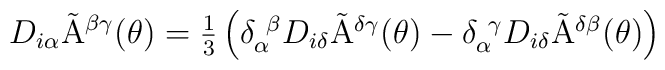
D_{i\alpha}\tilde{{\rm A}}^{\beta\gamma}(\theta)=\textstyle{\frac{1}{3}}\left(\delta_{\alpha}^{~\beta}D_{i\delta}\tilde{{\rm A}}^{\delta\gamma}(\theta)-\delta_{\alpha}^{~\gamma}D_{i\delta}\tilde{{\rm A}}^{\delta\beta}(\theta)\right)